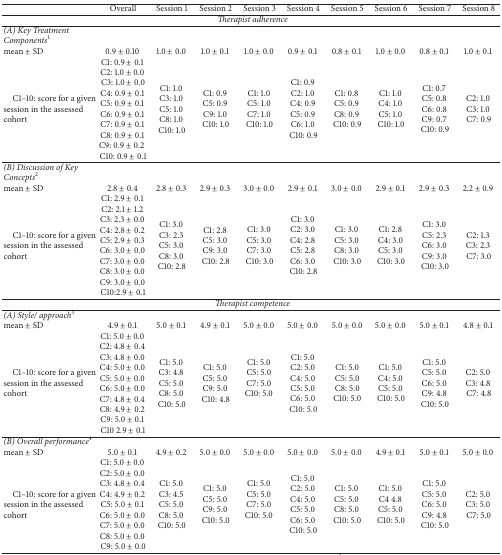
<table><thead><tr><td>[EMPTY_CELL]</td><td><b>Overall</b></td><td><b>Session 1</b></td><td><b>Session 2</b></td><td><b>Session 3</b></td><td><b>Session 4</b></td><td><b>Session 5</b></td><td><b>Session 6</b></td><td><b>Session 7</b></td><td><b>Session 8</b></td></tr></thead><tbody><tr><td colspan="10"><i>Therapist adherence</i></td></tr><tr><td><i>(A) Key Treatment Components</i><sup>1</sup> </td><td colspan="9">[EMPTY_CELL]</td></tr><tr><td>mean ± SD </td><td>0.9 ± 0.10 </td><td>1.0 ± 0.0 </td><td>1.0 ± 0.1 </td><td>1.0 ± 0.0 </td><td>0.9 ± 0.1 </td><td>0.8 ± 0.1 </td><td>1.0 ± 0.0 </td><td>0.8 ± 0.1 </td><td>1.0 ± 0.1 </td></tr><tr><td> C1–10: score for a given session in the assessed cohort</td><td> C1: 0.9 ± 0.1C2: 1.0 ± 0.0C3: 1.0 ± 0.0 C4: 0.9 ± 0.1C5: 0.9 ± 0.1C6: 0.9 ± 0.1C7: 0.9 ± 0.1C8: 0.9 ± 0.1C9: 0.9 ± 0.2C10: 0.9 ± 0.1</td><td> C1: 1.0C3: 1.0C5: 1.0C8: 1.0C10: 1.0</td><td> C1: 0.9C5: 0.9C9: 1.0C10: 1.0</td><td> C1: 1.0C5: 1.0C7: 1.0C10: 1.0</td><td>C1: 0.9C2: 1.0C4: 0.9C5: 0.9C6: 1.0 C10: 0.9</td><td> C1: 0.8C5: 0.9C8: 0.9C10: 0.9</td><td> C1: 1.0C4: 1.0C5: 1.0C10: 1.0</td><td>C1: 0.7C5: 0.8C6: 0.8C9: 0.7C10: 0.9</td><td>C2: 1.0C3: 1.0C7: 0.9</td></tr><tr><td><i>(B) Discussion of Key Concepts</i><sup>2</sup> </td><td>[EMPTY_CELL]</td><td>[EMPTY_CELL]</td><td>[EMPTY_CELL]</td><td>[EMPTY_CELL]</td><td>[EMPTY_CELL]</td><td>[EMPTY_CELL]</td><td>[EMPTY_CELL]</td><td>[EMPTY_CELL]</td><td>[EMPTY_CELL]</td></tr><tr><td>mean ± SD</td><td>2.8 ± 0.4 </td><td>2.8 ± 0.3 </td><td>2.9 ± 0.3 </td><td>3.0 ± 0.0 </td><td>2.9 ± 0.1 </td><td>3.0 ± 0.0 </td><td>2.9 ± 0.1 </td><td>2.9 ± 0.3 </td><td>2.2 ± 0.9 </td></tr><tr><td> C1–10: score for a given session in the assessed cohort</td><td> C1: 2.9 ± 0.1C2: 2.1 ± 1.2C3: 2.3 ± 0.0C4: 2.8 ± 0.2C5: 2.9 ± 0.3C6: 3.0 ± 0.0C7: 3.0 ± 0.0C8: 3.0 ± 0.0C9: 3.0 ± 0.0 C10:2.9 ± 0.1</td><td>C1: 3.0C3: 2.3C5: 3.0C8: 3.0 C10: 2.8</td><td>C1: 2.8C5: 3.0C9: 3.0 C10: 2.8</td><td>C1: 3.0C5: 3.0C7: 3.0 C10: 3.0</td><td>C1: 3.0C2: 3.0C4: 2.8C5: 2.8C6: 3.0 C10: 2.8</td><td>C1: 3.0C5: 3.0C8: 3.0 C10: 3.0</td><td>C1: 2.8C4: 3.0C5: 3.0 C10: 3.0</td><td>C1: 3.0C5: 2.3C6: 3.0C9: 3.0 C10: 3.0</td><td>C2: 1.3C3: 2.3C7: 3.0</td></tr><tr><td colspan="10"><i>Therapist competence</i></td></tr><tr><td><i>(A) Style/ approach</i><sup>3</sup> </td><td colspan="9">[EMPTY_CELL]</td></tr><tr><td>mean ± SD </td><td>4.9 ± 0.1 </td><td>5.0 ± 0.1 </td><td>4.9 ± 0.1 </td><td>5.0 ± 0.0 </td><td>5.0 ± 0.0 </td><td>5.0 ± 0.0</td><td>5.0 ± 0.0 </td><td>5.0 ± 0.1 </td><td>4.8 ± 0.1 </td></tr><tr><td> C1–10: score for a given session in the assessed cohort</td><td> C1: 5.0 ± 0.0C2: 4.8 ± 0.4C3: 4.8 ± 0.0C4: 5.0 ± 0.0C5: 5.0 ± 0.0C6: 5.0 ± 0.0C7: 4.8 ± 0.4C8: 4.9 ± 0.2C9: 5.0 ± 0.1 C10 2.9 ± 0.1</td><td>C1: 5.0C3: 4.8C5: 5.0C8: 5.0 C10: 5.0</td><td>C1: 5.0C5: 5.0C9: 5.0 C10: 4.8</td><td>C1: 5.0C5: 5.0C7: 5.0 C10: 5.0 </td><td>C1: 5.0C2: 5.0C4: 5.0C5: 5.0C6: 5.0 C10: 5.0</td><td>C1: 5.0 C5: 5.0 C8: 5.0C10: 5.0</td><td>C1: 5.0C4: 5.0C5: 5.0 C10: 5.0</td><td>C1: 5.0C5: 5.0C6: 5.0C9: 4.8 C10: 5.0</td><td>C2: 5.0C3: 4.8C7: 4.8</td></tr><tr><td><i>(B) Overall performance</i><sup>4</sup> </td><td>[EMPTY_CELL]</td><td>[EMPTY_CELL]</td><td>[EMPTY_CELL]</td><td>[EMPTY_CELL]</td><td>[EMPTY_CELL]</td><td>[EMPTY_CELL]</td><td>[EMPTY_CELL]</td><td>[EMPTY_CELL]</td><td>[EMPTY_CELL]</td></tr><tr><td>mean ± SD </td><td>5.0 ± 0.1 </td><td>4.9 ± 0.2 </td><td>5.0 ± 0.0 </td><td>5.0 ± 0.0 </td><td>5.0 ± 0.0 </td><td>5.0 ± 0.0 </td><td>4.9 ± 0.1 </td><td>5.0 ± 0.1 </td><td>5.0 ± 0.0 </td></tr><tr><td> C1–10: score for a given session in the assessed cohort</td><td>C1: 5.0 ± 0.0 C2: 5.0 ± 0.0 C3: 4.8 ± 0.4 C4: 4.9 ± 0.2 C5: 5.0 ± 0.1 C6: 5.0 ± 0.0 C7: 5.0 ± 0.0 C8: 5.0 ± 0.0 C9: 5.0 ± 0.0</td><td>C1: 5.0C3: 4.5C5: 5.0C8: 5.0 C10: 5.0</td><td>C1: 5.0C5: 5.0C9: 5.0 C10: 5.0</td><td>C1: 5.0C5: 5.0C7: 5.0 C10: 5.0 </td><td>C1: 5.0C2: 5.0C4: 5.0C5: 5.0C6: 5.0 C10: 5.0</td><td>C1: 5.0C5: 5.0C8: 5.0 C10: 5.0</td><td>C1: 5.0C4 4.8C5: 5.0 C10: 5.0</td><td>C1: 5.0C5: 5.0C6: 5.0C9: 4.8 C10: 5.0</td><td>C2: 5.0C3: 5.0C7: 5.0</td></tr></tbody></table>